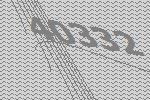
40332